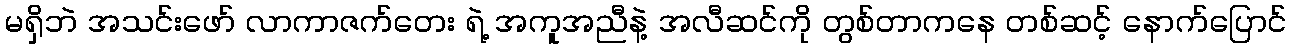
မရှိဘဲ အသင်းဖော် လာကာဇက်တေး ရဲ့ အကူအညီနဲ့ အလီဆင်ကို တွစ်တာကနေ တစ်ဆင့် နောက်ပြောင်